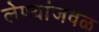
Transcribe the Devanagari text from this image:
लेण्यांजवळ